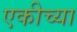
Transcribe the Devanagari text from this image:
एकीच्या